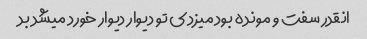
انقدر سفت و مونده بود میزدی تو دیوار دیوار خورد میشد بد